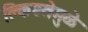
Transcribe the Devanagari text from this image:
क्लिष्टतेमुळे